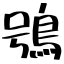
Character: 鴞